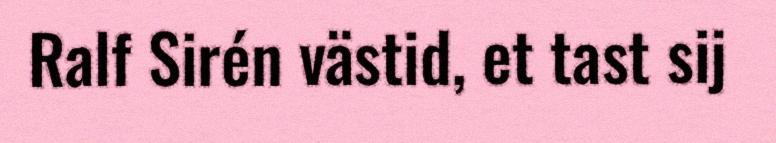
Ralf Sirén västid, et tast sij